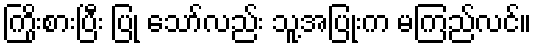
ကြိုးစားပြီး ပြု သော်လည်း သူ့အပြုံးက မကြည်လင်။